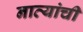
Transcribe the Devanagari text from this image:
नात्यांची